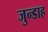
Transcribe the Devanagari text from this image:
जुन्डाह